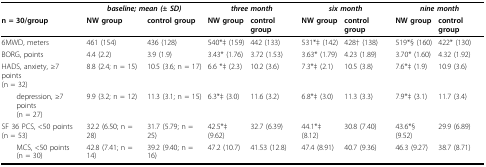
<table><thead><tr><td></td><td colspan="2"><b><i>baseline; mean (± SD)</i></b></td><td colspan="2"><b><i>three month</i></b></td><td colspan="2"><b><i>six month</i></b></td><td colspan="2"><b><i>nine month</i></b></td></tr><tr><td><b>n = 30/group</b></td><td><b>NW group</b></td><td><b>control group</b></td><td><b>NW group</b></td><td><b>control group</b></td><td><b>NW group</b></td><td><b>control group</b></td><td><b>NW group</b></td><td><b>control group</b></td></tr></thead><tbody><tr><td>6MWD, meters</td><td>461 (154)</td><td>436 (128)</td><td>540*‡ (159)</td><td>442 (133)</td><td>531*‡ (142)</td><td>428† (138)</td><td>519*§ (160)</td><td>422* (130)</td></tr><tr><td>BORG, points</td><td>4.4 (2.2)</td><td>3.9 (1.9)</td><td>3.43* (1.76)</td><td>3.72 (1.53)</td><td>3.63* (1.79)</td><td>4.23 (1.89)</td><td>3.70* (1.60)</td><td>4.32 (1.92)</td></tr><tr><td>HADS, anxiety, ≥7 points (n = 32)</td><td>8.8 (2.4; n = 15)</td><td>10.5 (3.6; n = 17)</td><td>6.6 *‡ (2.3)</td><td>10.2 (3.6)</td><td>7.3*‡ (2.1)</td><td>10.5 (3.8)</td><td>7.6*‡ (1.9)</td><td>10.9 (3.6)</td></tr><tr><td> depression, ≥7 points (n = 27)</td><td>9.9 (3.2; n = 12)</td><td>11.3 (3.1; n = 15)</td><td>6.3*‡ (3.0)</td><td>11.6 (3.2)</td><td>6.8*‡ (3.0)</td><td>11.3 (3.3)</td><td>7.9*‡ (3.1)</td><td>11.7 (3.4)</td></tr><tr><td>SF 36 PCS, &lt;50 points (n = 53)</td><td>32.2 (6.50; n = 28)</td><td>31.7 (5.79; n = 25)</td><td>42.5*‡ (9.62)</td><td>32.7 (6.39)</td><td>44.1*‡ (8.12)</td><td>30.8 (7.40)</td><td>43.6*§ (9.52)</td><td>29.9 (6.89)</td></tr><tr><td> MCS, &lt;50 points (n = 30)</td><td>42.8 (7.41; n = 14)</td><td>39.2 (9.40; n = 16)</td><td>47.2 (10.7)</td><td>41.53 (12.8)</td><td>47.4 (8.91)</td><td>40.7 (9.36)</td><td>46.3 (9.27)</td><td>38.7 (8.71)</td></tr></tbody></table>